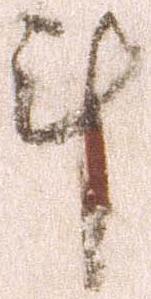
計